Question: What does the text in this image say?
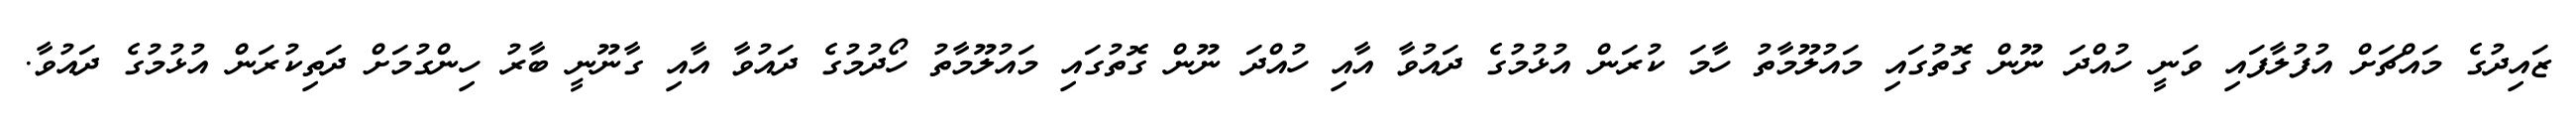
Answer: ޒައިދުގެ މައްޗަށް އުފުލާފައި ވަނީ ހުއްދަ ނޫން ގޮތުގައި މައުލޫމާތު ހާމަ ކުރަން އުޅުމުގެ ދައުވާ އާއި ހުއްދަ ނޫން ގޮތުގައި މައުލޫމާތު ހޯދުމުގެ ދައުވާ އާއި ގާނޫނީ ބާރު ހިންގުމަށް ދަތިކުރަން އުޅުމުގެ ދައުވާ.